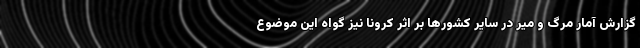
گزارش آمار مرگ و میر در سایر کشورها بر اثر کرونا نیز گواه این موضوع